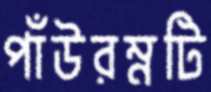
পাঁউরম্নটি